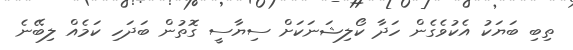
ތިިބި ބަޔަކު އެކުވެގެން ހަދާ ކޯލިޝަނަކަށް ސިޔާސީ ގޮތުން ބަދަހި ކަމެއް ލިބޭނެ